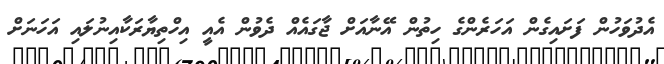
އެދުވަހުން ފަށައިގެން އަހަރެންގެ ހިތުން އޭނާއަށް ޖާގައެއް ދެވުން އެއީ އިހްތިޔާރަކާއިނުލައި އަހަނަށް